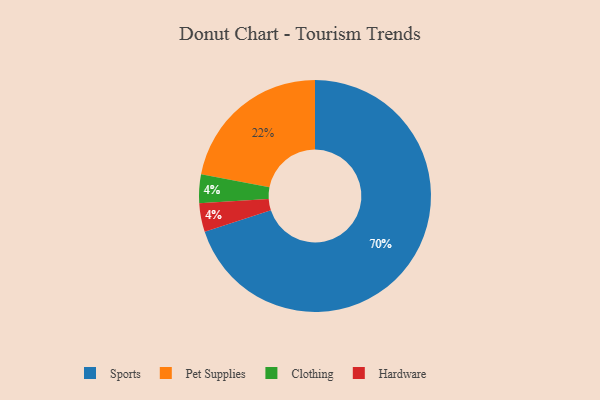
{"axis": {"x": "Category", "y": "Percentage"}, "legend": ["Clothing", "Hardware", "Pet Supplies", "Sports"], "data": [{"x": "Pet Supplies", "y": 22, "type": "Pet Supplies"}, {"x": "Sports", "y": 70, "type": "Sports"}, {"x": "Clothing", "y": 4, "type": "Clothing"}, {"x": "Hardware", "y": 4, "type": "Hardware"}]}